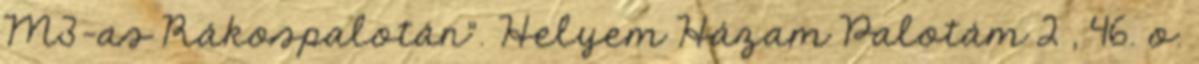
M3-as Rákospalotán”. Helyem Házam Palotám 2 , 46. o.